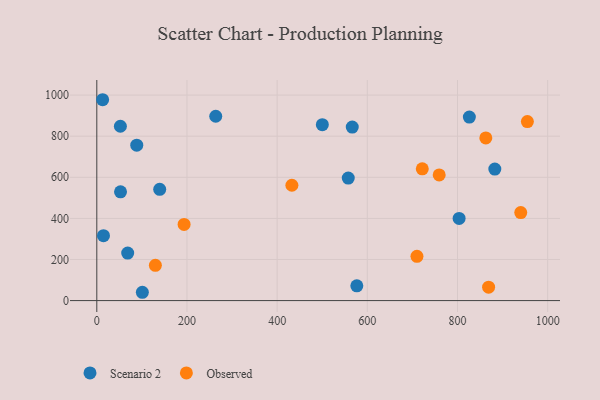
{"axis": {"x": "Engine Size", "y": "Yield"}, "legend": ["Observed", "Scenario 2"], "data": [{"x": "557.7", "y": 596.4, "type": "Scenario 2"}, {"x": "88.6", "y": 756.1, "type": "Scenario 2"}, {"x": "566.6", "y": 844.5, "type": "Scenario 2"}, {"x": "576.7", "y": 71.9, "type": "Scenario 2"}, {"x": "52.6", "y": 529.1, "type": "Scenario 2"}, {"x": "803.6", "y": 400.0, "type": "Scenario 2"}, {"x": "52.3", "y": 848.5, "type": "Scenario 2"}, {"x": "12.9", "y": 977.5, "type": "Scenario 2"}, {"x": "826.3", "y": 893.1, "type": "Scenario 2"}, {"x": "500.2", "y": 856.0, "type": "Scenario 2"}, {"x": "68.5", "y": 231.1, "type": "Scenario 2"}, {"x": "14.8", "y": 316.1, "type": "Scenario 2"}, {"x": "101.0", "y": 40.4, "type": "Scenario 2"}, {"x": "139.5", "y": 541.5, "type": "Scenario 2"}, {"x": "882.8", "y": 639.9, "type": "Scenario 2"}, {"x": "263.8", "y": 897.1, "type": "Scenario 2"}, {"x": "129.9", "y": 171.6, "type": "Observed"}, {"x": "710.1", "y": 215.6, "type": "Observed"}, {"x": "759.4", "y": 611.7, "type": "Observed"}, {"x": "432.7", "y": 561.2, "type": "Observed"}, {"x": "862.8", "y": 791.5, "type": "Observed"}, {"x": "955.0", "y": 871.0, "type": "Observed"}, {"x": "721.9", "y": 641.1, "type": "Observed"}, {"x": "869.0", "y": 65.0, "type": "Observed"}, {"x": "193.6", "y": 370.5, "type": "Observed"}, {"x": "940.3", "y": 428.2, "type": "Observed"}]}